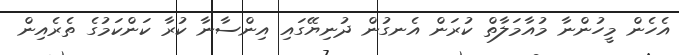
އެހެން މީހުންނާ މުއާމަލާތް ކުރަން އެނގުން ދުނިޔޭގައި އިންސާނާ ކުރާ ކަންކަމުގެ ތެރެއިން